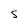
Character: S